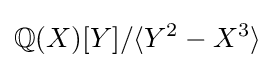
\mathbb {Q} (X)[Y]/\langle Y^{2}-X^{3}\rangle